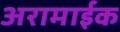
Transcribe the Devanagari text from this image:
अरामाईक